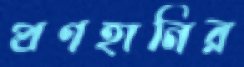
প্রণহানির